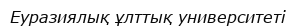
Еуразиялық ұлттық университеті